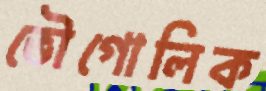
ভৌগোলিক